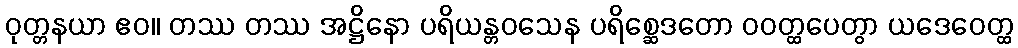
ဝုတ္တနယာ ဧဝ။ တဿ တဿ အဋ္ဌိနော ပရိယန္တဝသေန ပရိစ္ဆေဒတော ဝဝတ္ထပေတွာ ယဒေဝေတ္ထ